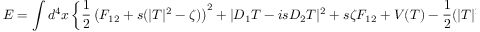
E = \int d ^ { 4 } x \left\{ \frac 1 2 \left( F _ { 1 2 } + s ( | T | ^ { 2 } - \zeta ) \right) ^ { 2 } + | D _ { 1 } T - i s D _ { 2 } T | ^ { 2 } + s \zeta F _ { 1 2 } + V ( T ) - \frac 1 2 ( | T | ^ { 2 } - \zeta ) ^ { 2 } \right\}